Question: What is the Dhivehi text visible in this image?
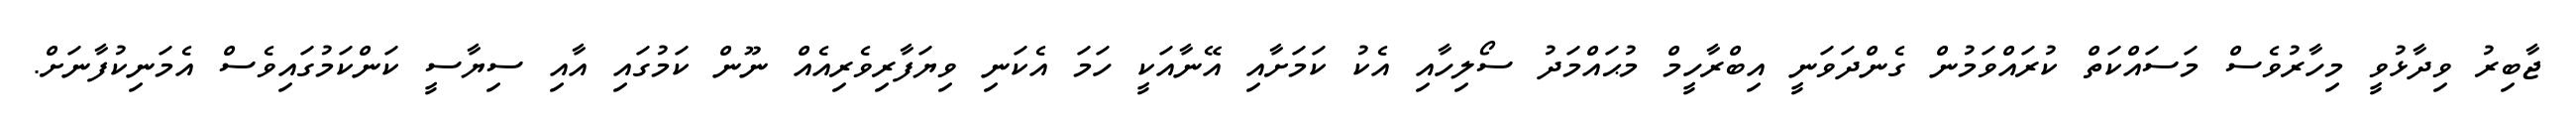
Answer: ޖާބިރު ވިދާޅުވީ މިހާރުވެސް މަސައްކަތް ކުރައްވަމުން ގެންދަވަނީ އިބްރާހީމް މުޙައްމަދު ސޯލިހާއި އެކު ކަމަށާއި އޭނާއަކީ ހަމަ އެކަނި ވިޔަފާރިވެރިއެއް ނޫން ކަމުގައި އާއި ސިޔާސީ ކަންކަމުގައިވެސް އެމަނިކުފާނަށް.